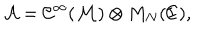
{ \cal A } = { \cal C } ^ { \infty } ( { \cal M } ) \otimes M _ { N } ( { I \kern - . 6 e m C } ) ,